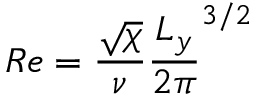
R e = \frac { \sqrt { \chi } } { \nu } \frac { L _ { y } } { 2 \pi } ^ { 3 / 2 }